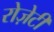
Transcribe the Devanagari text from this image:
रोज़ेटी